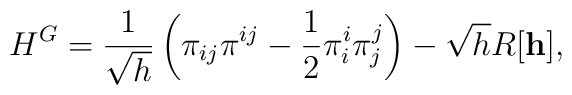
{}H^G = \frac{1}{\sqrt{h}} \left( {\pi}_{ij} {\pi}^{ij}			- \frac{1}{2} {\pi}^i_i {\pi}^j_j \right)			- \sqrt{h} R[{\bf h}],